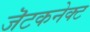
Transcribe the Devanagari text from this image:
जॆटकनेक्ट